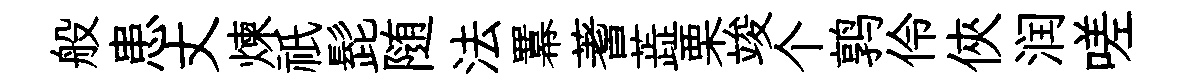
般患丈煉祇髭随法羃蓍蕋栗竣个鹑伶俠润嗟